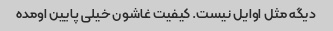
دیگه مثل اوایل نیست. کیفیت غاشون خیلی پایین اومده